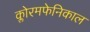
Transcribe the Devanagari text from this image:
क्लोरमफेनिकाल